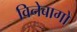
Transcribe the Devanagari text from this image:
विनेबागो